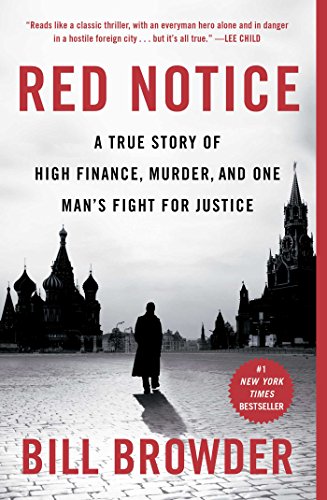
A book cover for Red Notice: A True Story of High Finance, Murder, and One Man's Fight for Justice; Bill Browder; Business & Money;